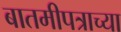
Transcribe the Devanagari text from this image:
बातमीपत्राच्या